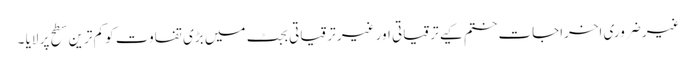
غیر ضروری اخراجات ختم کیے ترقیاتی اور غیر ترقیاتی بجٹ میں بڑی تفاوت کو کم ترین سطح پر لایا ۔